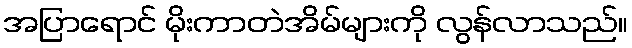
အပြာရောင် မိုးကာတဲအိမ်များကို လွန်လာသည်။